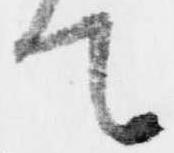
て